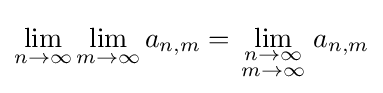
\lim _{n\to \infty }\lim _{m\to \infty }a_{n,m}=\lim _{\begin{smallmatrix}n\to \infty \\m\to \infty \end{smallmatrix}}a_{n,m}\displaystyle